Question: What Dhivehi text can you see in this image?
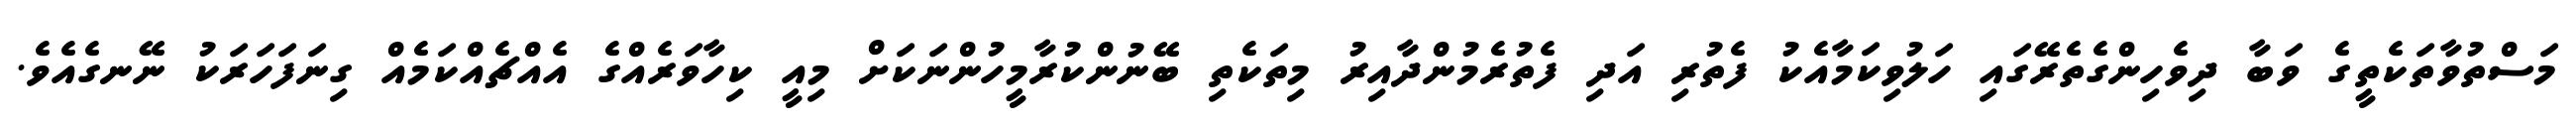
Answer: މަސްތުވާތަކެތީގެ ވަބާ ދިވެހިންގެތެރޭގައި ހަލުވިކަމާއެކު ފެތުރި އަދި ފެތުރެމުންދާއިރު މިތަކެތި ބޭނުންކުރާމީހުންނަކަށް މިއީ ކިހާވަރެއްގެ އެއްޗެއްކަމެއް ގިނަފަހަރަކު ނޭނގެއެވެ.